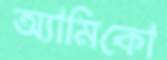
অ্যামিকো